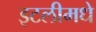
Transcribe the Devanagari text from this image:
इटलीमधे